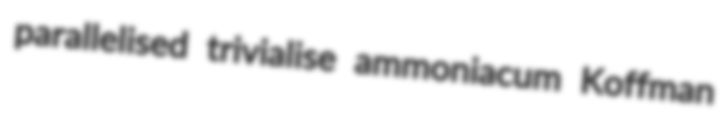
parallelised trivialise ammoniacum Koffman